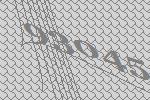
93045